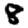
Digit: 8